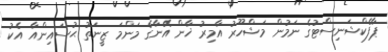
ޕާފެކްޝަނިސްޓުގެ ނަމުން މަޝްހޫރު އާމިރު ޚާން އޭނާގެ މަންމަ ޒީނަތު ޙުސައިންއާ އެކު